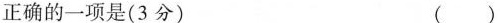
正确的一项是(3分)